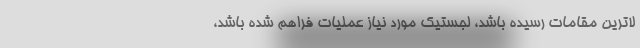
لاترین مقامات رسیده باشد، لجستیک مورد نیاز عملیات فراهم شده باشد،